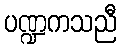
ပဏ္ဍကသညီ